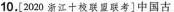
10.[2020浙江十校联盟联考]中国古